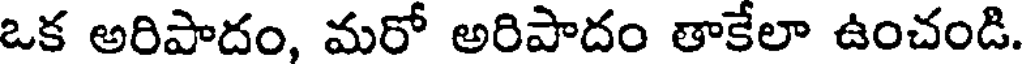
ఒక అరిపాదం, మరో అరిపాదం తాకేలా ఉంచండి.